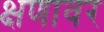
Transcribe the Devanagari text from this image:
क्षणावर